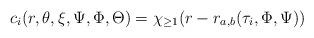
LaTeX: \begin{align*} c_i(r, \theta, \xi,\Psi,\Phi,\Theta) = \chi_{\geq 1}(r-r_{a,b}(\tau_i, \Phi, \Psi)) \end{align*}